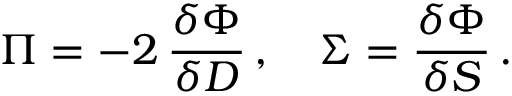
\Pi = - 2 \, \frac { \delta \Phi } { \delta D } \, , \quad \Sigma = \frac { \delta \Phi } { \delta S } \, .